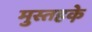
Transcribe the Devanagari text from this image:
मुस्तहके़